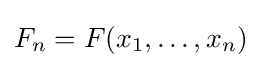
F_{n}=F(x_{1},\dots ,x_{n})